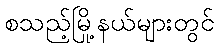
စသည့်မြို့နယ်များတွင်